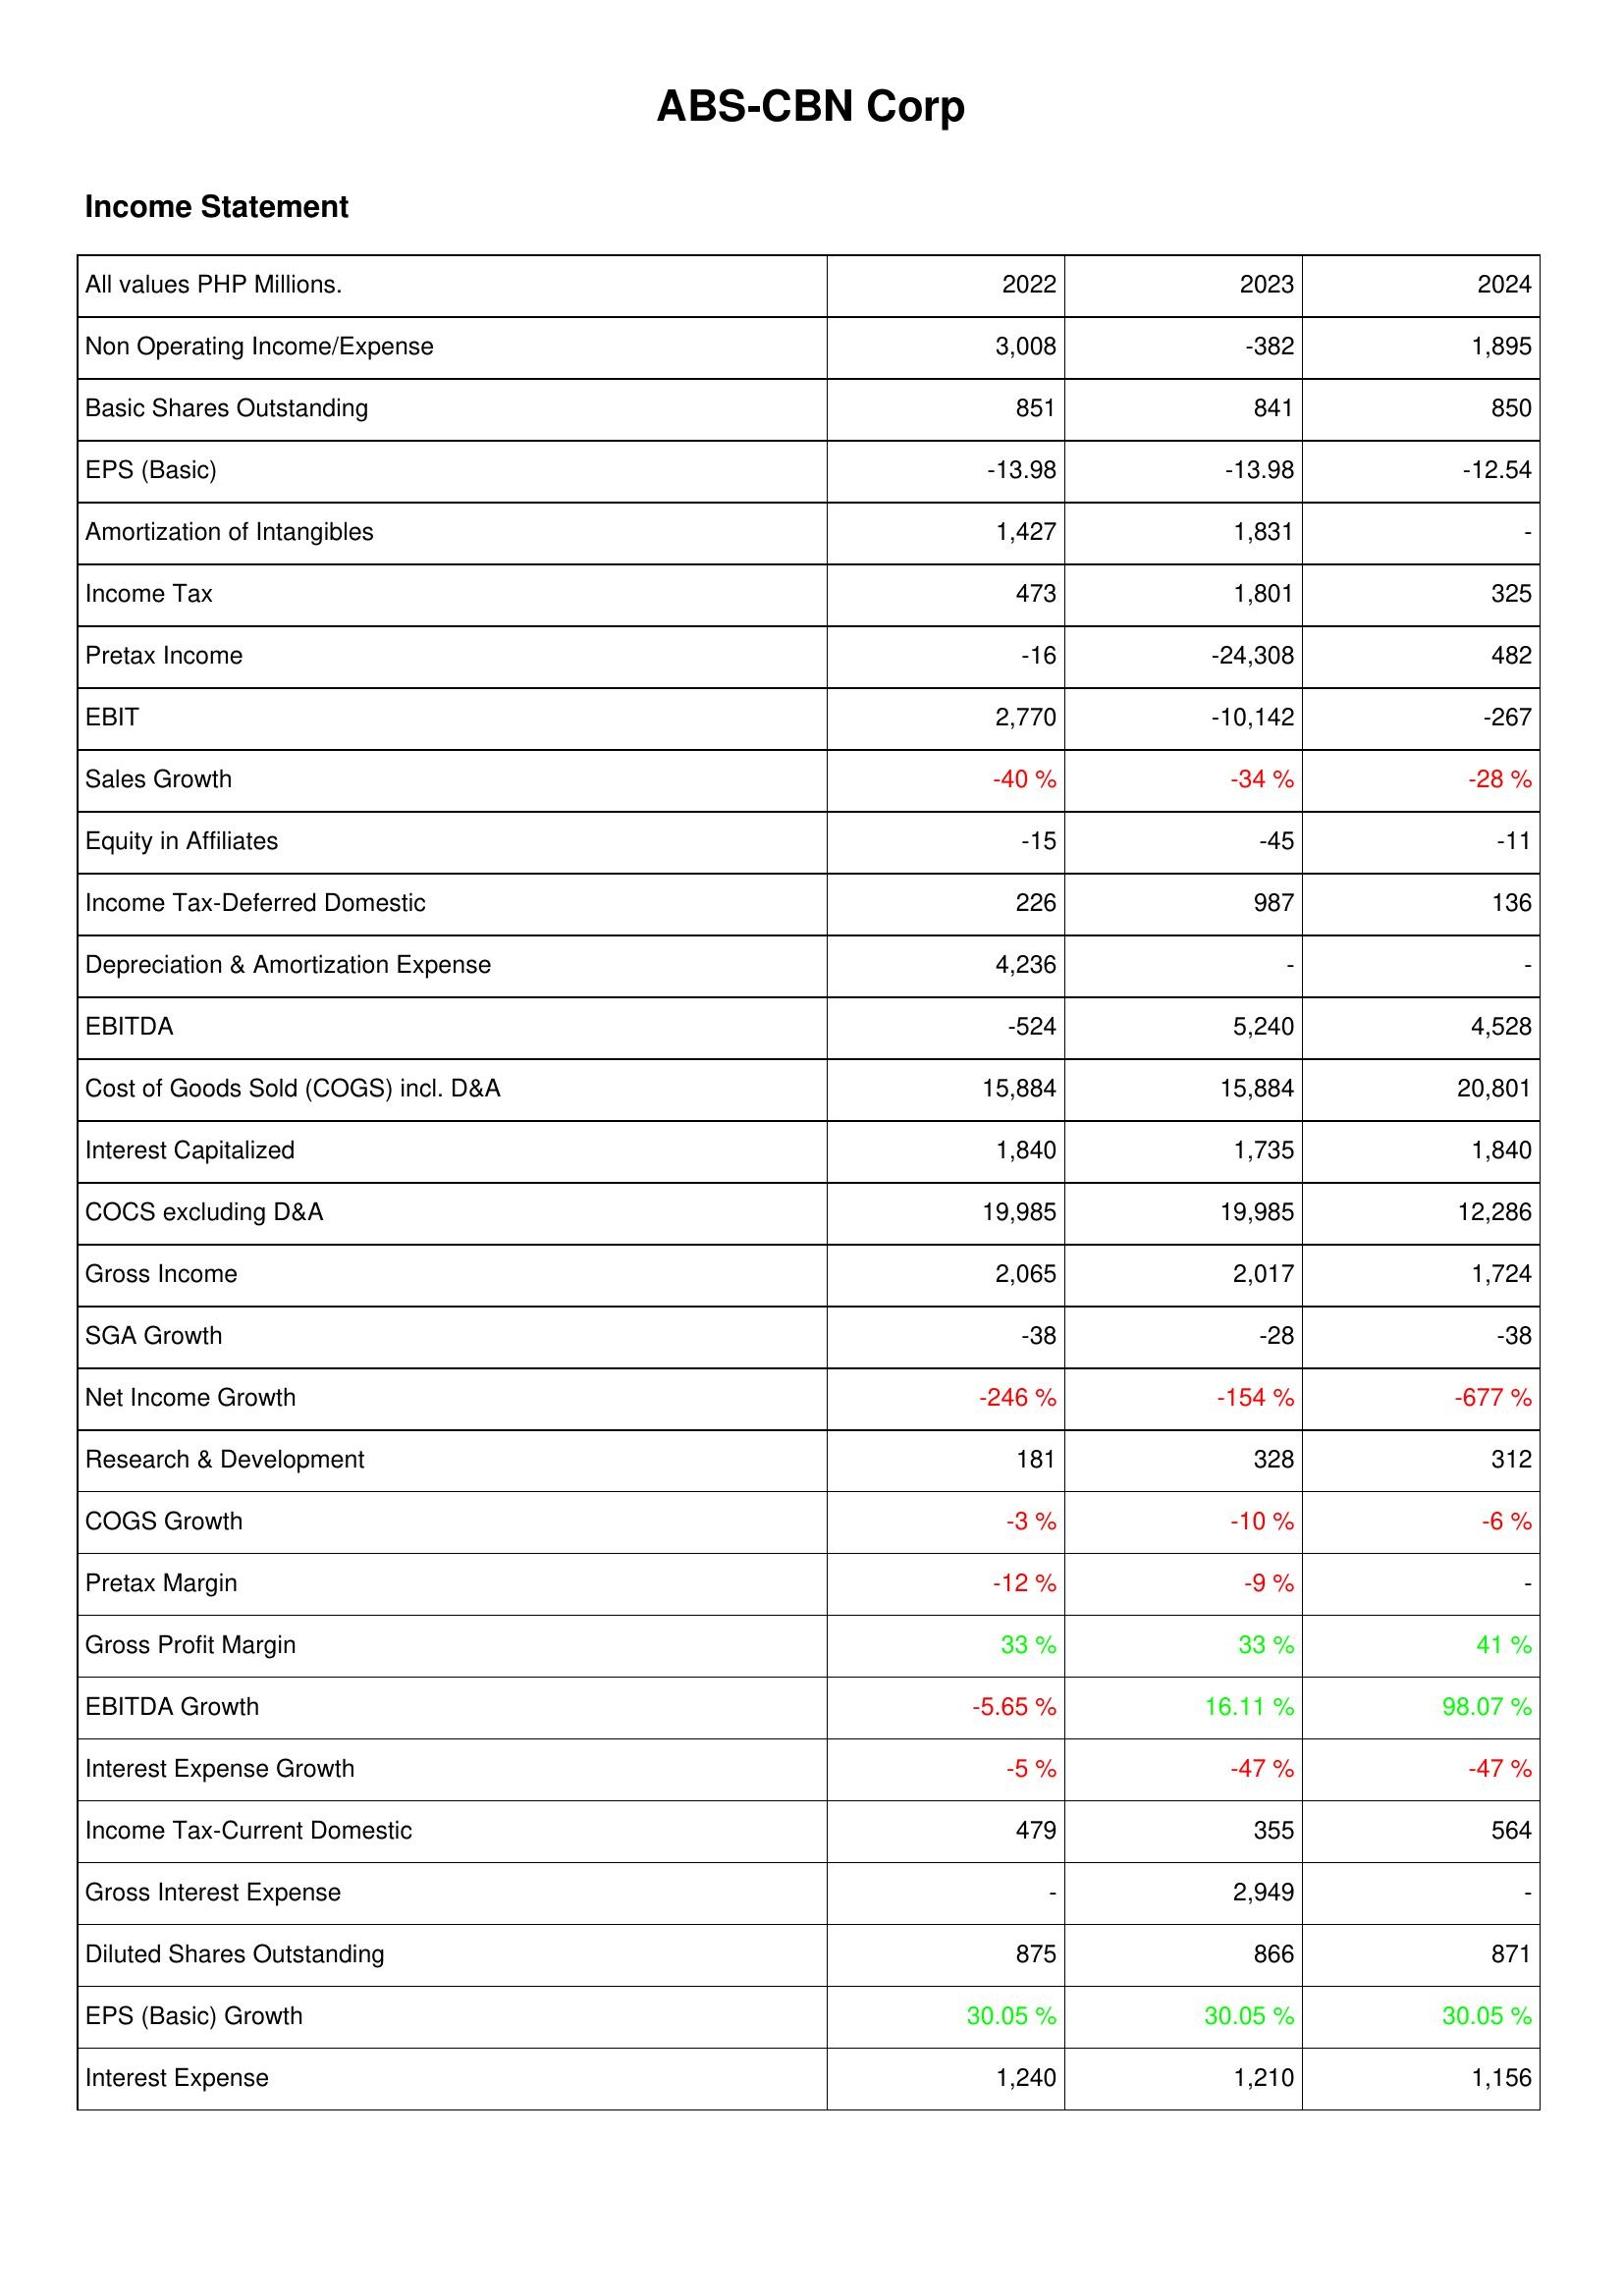
2022: Income Statement: Non Operating Income/Expense: 3,008
Basic Shares Outstanding: 851
EPS (Basic): -13.98
Amortization of Intangibles: 1,427
Income Tax: 473
Pretax Income: -16
EBIT: 2,770
Sales Growth: -40 %
Equity in Affiliates: -15
Income Tax-Deferred Domestic: 226
Depreciation & Amortization Expense: 4,236
EBITDA: -524
Cost of Goods Sold (COGS) incl. D&A: 15,884
Interest Capitalized: 1,840
COCS excluding D&A: 19,985
Gross Income: 2,065
SGA Growth: -38
Net Income Growth: -246 %
Research & Development: 181
COGS Growth: -3 %
Pretax Margin: -12 %
Gross Profit Margin: 33 %
EBITDA Growth: -5.65 %
Interest Expense Growth: -5 %
Income Tax-Current Domestic: 479
Gross Interest Expense: -
Diluted Shares Outstanding: 875
EPS (Basic) Growth: 30.05 %
Interest Expense: 1,240
2023: Income Statement: Non Operating Income/Expense: -382
Basic Shares Outstanding: 841
EPS (Basic): -13.98
Amortization of Intangibles: 1,831
Income Tax: 1,801
Pretax Income: -24,308
EBIT: -10,142
Sales Growth: -34 %
Equity in Affiliates: -45
Income Tax-Deferred Domestic: 987
Depreciation & Amortization Expense: -
EBITDA: 5,240
Cost of Goods Sold (COGS) incl. D&A: 15,884
Interest Capitalized: 1,735
COCS excluding D&A: 19,985
Gross Income: 2,017
SGA Growth: -28
Net Income Growth: -154 %
Research & Development: 328
COGS Growth: -10 %
Pretax Margin: -9 %
Gross Profit Margin: 33 %
EBITDA Growth: 16.11 %
Interest Expense Growth: -47 %
Income Tax-Current Domestic: 355
Gross Interest Expense: 2,949
Diluted Shares Outstanding: 866
EPS (Basic) Growth: 30.05 %
Interest Expense: 1,210
2024: Income Statement: Non Operating Income/Expense: 1,895
Basic Shares Outstanding: 850
EPS (Basic): -12.54
Amortization of Intangibles: -
Income Tax: 325
Pretax Income: 482
EBIT: -267
Sales Growth: -28 %
Equity in Affiliates: -11
Income Tax-Deferred Domestic: 136
Depreciation & Amortization Expense: -
EBITDA: 4,528
Cost of Goods Sold (COGS) incl. D&A: 20,801
Interest Capitalized: 1,840
COCS excluding D&A: 12,286
Gross Income: 1,724
SGA Growth: -38
Net Income Growth: -677 %
Research & Development: 312
COGS Growth: -6 %
Pretax Margin: -
Gross Profit Margin: 41 %
EBITDA Growth: 98.07 %
Interest Expense Growth: -47 %
Income Tax-Current Domestic: 564
Gross Interest Expense: -
Diluted Shares Outstanding: 871
EPS (Basic) Growth: 30.05 %
Interest Expense: 1,156